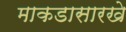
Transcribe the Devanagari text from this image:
माकडासारखे